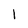
Character: 1